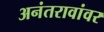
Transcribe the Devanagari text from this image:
अनंतरावांवर